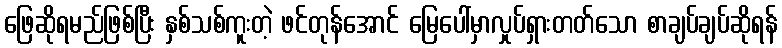
ဖြေဆိုရမည်ဖြစ်ပြီး နှစ်သစ်ကူးတဲ့ ဖင်တုန်အောင် မြေပေါ်မှာလှုပ်ရှားတတ်သော စာချပ်ချပ်ဆိုရန်